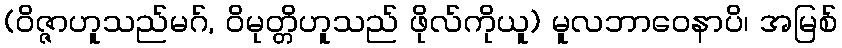
(ဝိဇ္ဇာဟူသည်မဂ်, ဝိမုတ္တိဟူသည် ဖိုလ်ကိုယူ) မူလဘာဝေနာပိ၊ အမြစ်